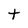
Character: t